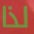
لذا